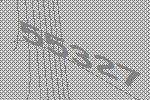
55327